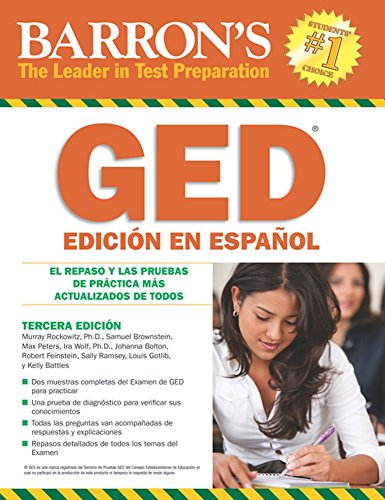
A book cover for Barron's GED EdiciÃ³n En EspaÃ±ol: El Repaso Y Las Pruebas De PrÃ¡ctica MÃ¡s Actualizados De Todos (Examen De Equivalencia De La Escuela Superior/Review of High School Equivalency) (Spanish Edition); Murray Rockowitz Ph.D.; Test Preparation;